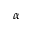
\alpha